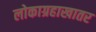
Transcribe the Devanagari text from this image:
लोकाग्रहाखातर